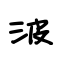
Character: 波